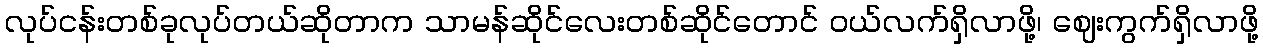
လုပ်ငန်းတစ်ခုလုပ်တယ်ဆိုတာက သာမန်ဆိုင်လေးတစ်ဆိုင်တောင် ဝယ်လက်ရှိလာဖို့၊ ဈေးကွက်ရှိလာဖို့